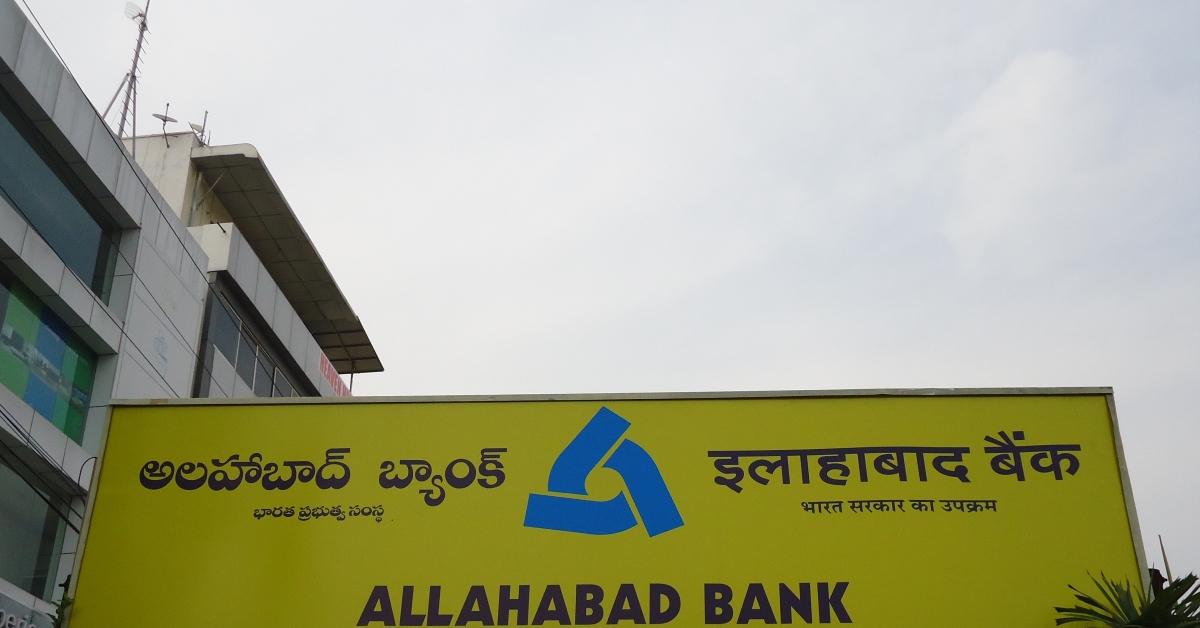
Language: telugu
Transcription: అలహబాద్ బ్యాంక్